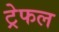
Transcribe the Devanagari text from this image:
ट्रेफल